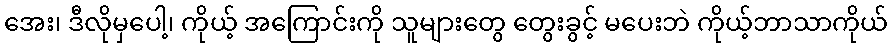
အေး၊ ဒီလိုမှပေါ့၊ ကိုယ့် အကြောင်းကို သူများတွေ တွေးခွင့် မပေးဘဲ ကိုယ့်ဘာသာကိုယ်